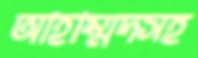
আহাম্মদসহ